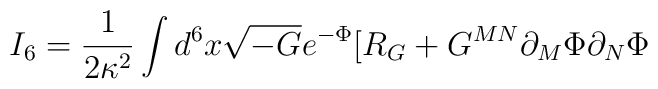
I_6=\frac{1}{2\kappa^2}\int d^6x \sqrt{-G}e^{-\Phi}[R_G+G^{MN}\partial_M\Phi\partial_N\Phi